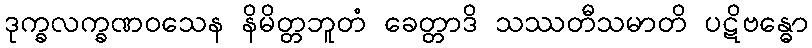
ဒုက္ခလက္ခဏဝသေန နိမိတ္တဘူတံ ခေတ္တာဒိ သဿတီသမာတိ ပဋိဗန္ဓော